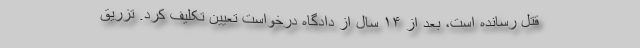
قتل رسانده است، بعد از ۱۴ سال از دادگاه درخواست تعیین تکلیف کرد. تزریق